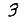
Digit: 3